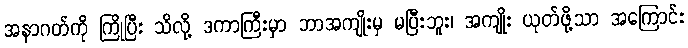
အနာဂတ်ကို ကြိုပြီး သိလို့ ဒကာကြီးမှာ ဘာအကျိုးမှ မပြီးဘူး၊ အကျိုး ယုတ်ဖို့သာ အကြောင်း